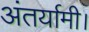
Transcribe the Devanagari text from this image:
अंतर्यामी।